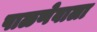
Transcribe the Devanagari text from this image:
पाळणेवाला